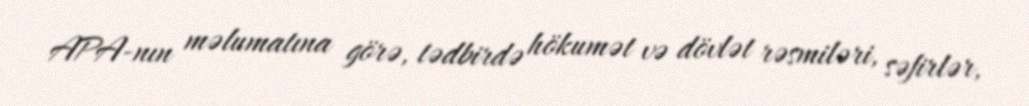
APA-nın məlumatına görə, tədbirdə hökumət və dövlət rəsmiləri, səfirlər,